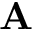
\mathbf { A }